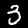
Label: 3